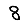
Digit: 8